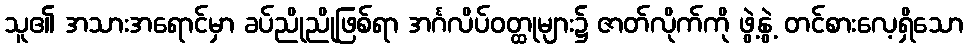
သူ၏ အသားအရောင်မှာ ခပ်ညိုညိုဖြစ်ရာ အင်္ဂလိပ်ဝတ္ထုများ၌ ဇာတ်လိုက်ကို ဖွဲ့နွဲ့ တင်စားလေ့ရှိသော